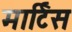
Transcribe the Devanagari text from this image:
मार्टिस